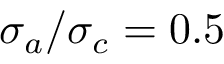
\sigma _ { a } / \sigma _ { c } = 0 . 5